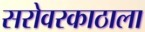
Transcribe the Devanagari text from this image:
सरोवरकाठाला